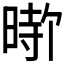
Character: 𪰰